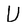
Character: U